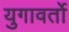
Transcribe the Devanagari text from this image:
युगावर्तो